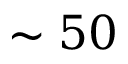
\sim 5 0